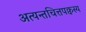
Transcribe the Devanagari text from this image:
अत्यन्तचित्तपक्वस्य